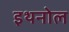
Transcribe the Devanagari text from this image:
इथनोल